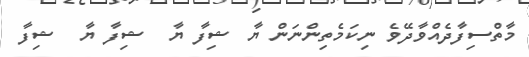
މާތްސިފާދެއްވާދޭވެ ނިކަމެތިންނަން ޔާ ޝިފާ ޔާ  ޝިފާ ޔާ  ޝިފާ